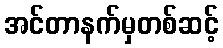
အင်တာနက်မှတစ်ဆင့်